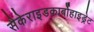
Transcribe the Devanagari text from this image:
सैकेराइडकार्बोहाइड्रेट